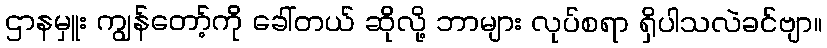
ဌာနမှူး ကျွန်တော့်ကို ခေါ်တယ် ဆိုလို့ ဘာများ လုပ်စရာ ရှိပါသလဲခင်ဗျာ။